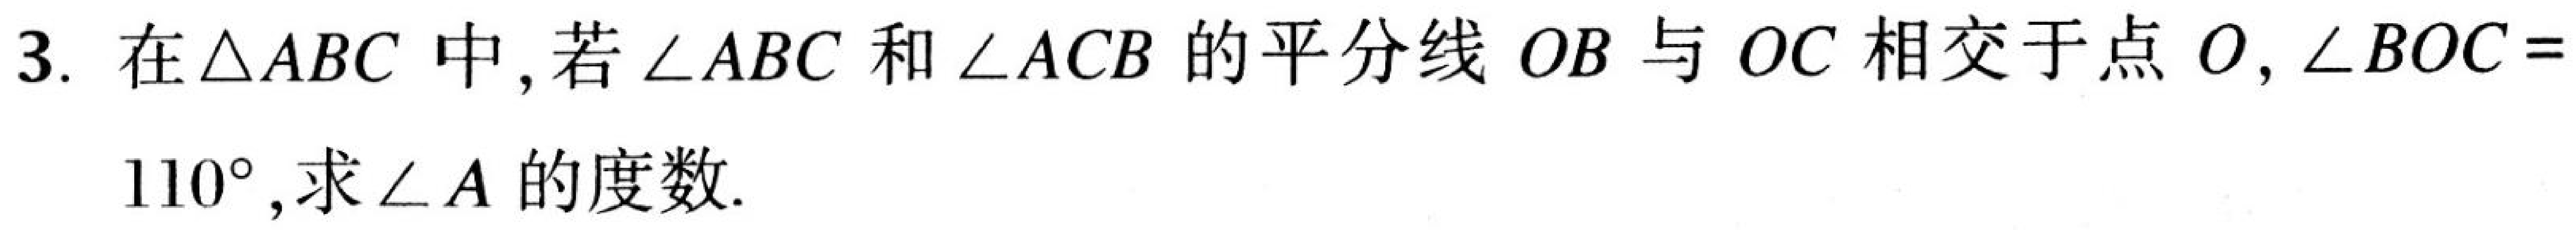
3. 在\(\triangle ABC\)中, 若\(\angle ABC\)和\(\angle ACB\)的平分线\(OB\)与\(OC\)相交于点\(O\), \(\angle BOC = 110^{\circ}\), 求\(\angle A\)的度数.